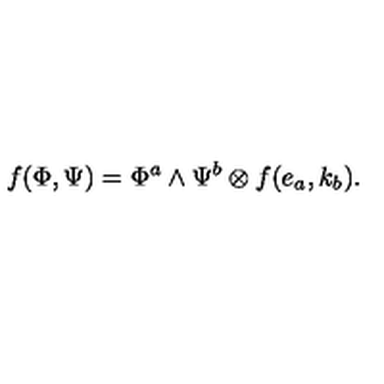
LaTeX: f ( \Phi , \Psi ) = \Phi ^ { a } \wedge \Psi ^ { b } \otimes f ( e _ { a } , k _ { b } ) .